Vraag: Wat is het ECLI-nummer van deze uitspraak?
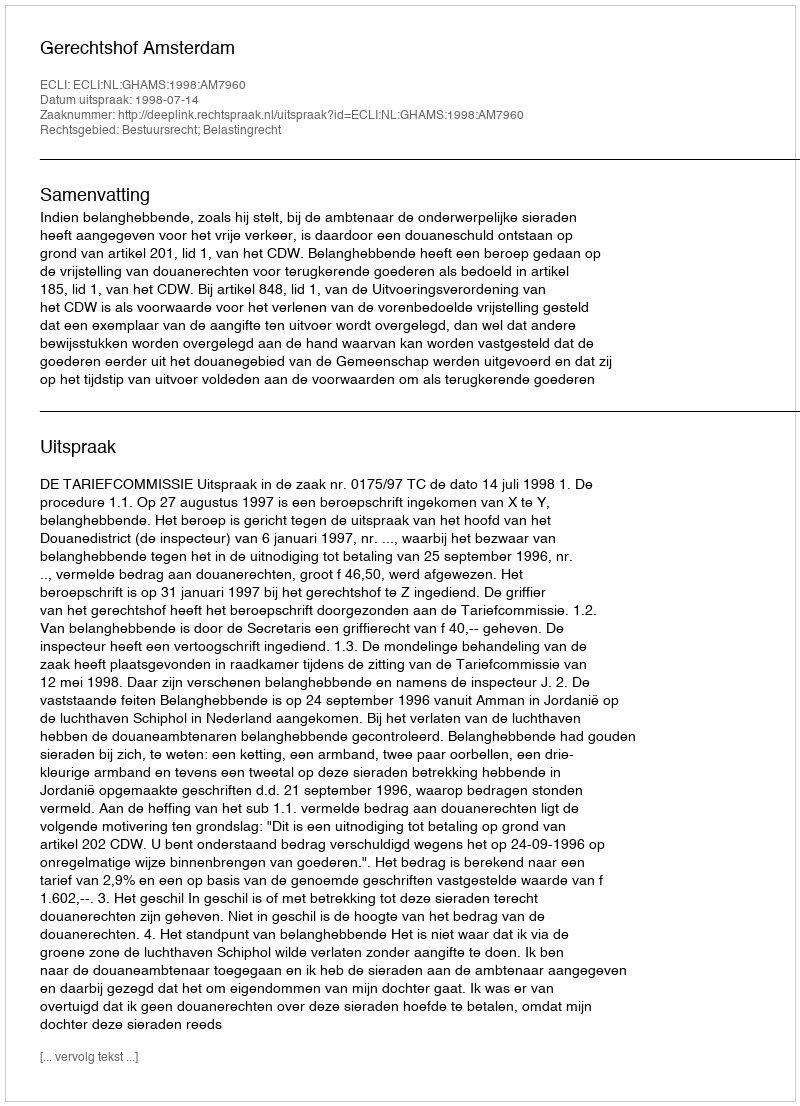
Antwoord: ECLI:NL:GHAMS:1998:AM7960